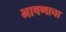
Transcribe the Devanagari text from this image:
भाषणाचा